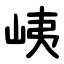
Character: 峓